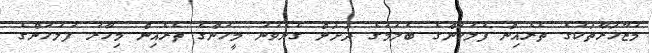
މުޒާހަރާތަކުގެ ތެރެއިން ފުލުހުންގެ ބެލުމުގެ ދަށަށް ގެނެވުނު މީހުންގެ ތެރެއިން މިހާރު ފުލުހުންގެ